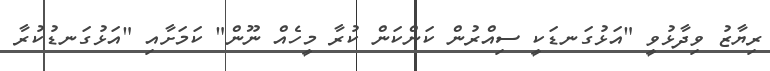
ރިޔާޒު ވިދާޅުވީ "އަޅުގަނޑަކީ ސިއްރުން ކަންކަން ކުރާ މީހެއް ނޫން" ކަމަށާއި "އަޅުގަނޑުކުރާ